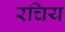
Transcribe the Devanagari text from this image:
रचिय